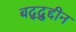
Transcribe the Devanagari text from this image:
बद्द्रुद्दीन